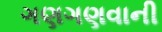
ગણગણવાની